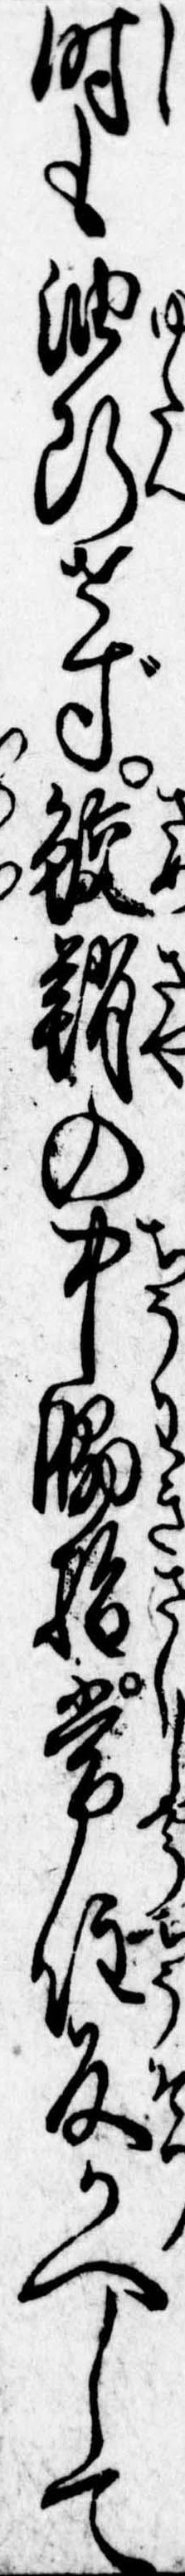
時も油断せず鮫鞘の中脇指常住反かへして